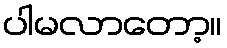
ပါမလာတော့။